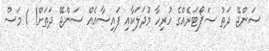
ސަންޖޭ ދަތު ސަޕޯޓަރެއްގެ ހުރިހާ މުދަލަކާއި ފައިސާއެއް ސަންޖޭ ދަތަށް! 1 މަސް